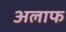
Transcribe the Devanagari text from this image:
अलाफ